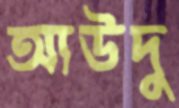
আউদু